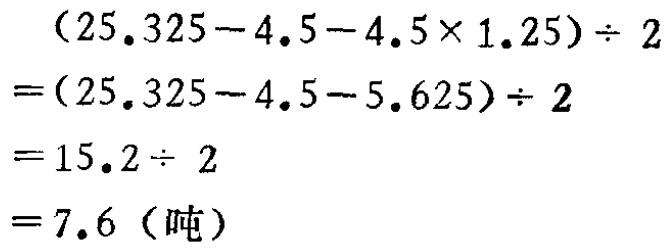
\[
\begin{align*}
&(25.325 - 4.5 - 4.5\times1.25)\div2\\
=&(25.325 - 4.5 - 5.625)\div2\\
=&15.2\div2\\
=&7.6 \text{（吨）}
\end{align*}
\]